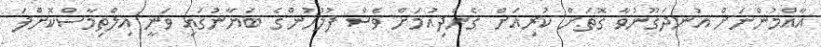
އާއްމުންނަށް އުނދަގޫނުވާ ގޮތަށް ކުރިއަށް ގެންދިއުމަށް ވެސް ފުލުހުންގެ ބަޔާނުގައި ވަނީ އިލްތިމާސްކޮށްފަ